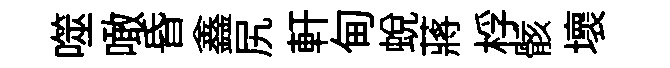
噬噉昏鑫尻軒甸蜕蔣桴骸壞